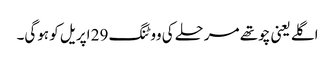
اگلے یعنی چوتھے مرحلے کی ووٹنگ 29 اپریل کو ہوگی۔